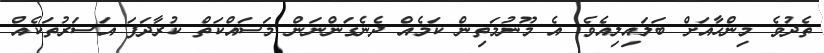
ތެދުވެ މިންހާއަށް ބަލައިލިއެވެ. އެ މޫނުމަތިން ކަމެއް ދެނެގަންނަން މަސައްކަތް ކުރާދަފަ އަސަރުތަކެއް